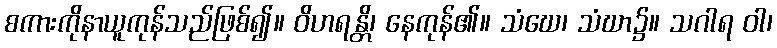
စကားကိုနာယူကုန်သည်ဖြစ်၍။ ဝိဟရန္တိ၊ နေကုန်၏။ သံဃေ၊ သံဃာ၌။ သဂါရ ဝါ၊